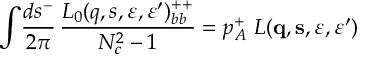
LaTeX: \int \! { \frac { d s ^ { - } } { 2 \pi } } \, { \frac { L _ { 0 } ( q , s , \varepsilon , \varepsilon ^ { \prime } ) _ { b b } ^ { + + } } { N _ { c } ^ { 2 } - 1 } } = p _ { A } ^ { + } \ L ( { \bf q } , { \bf s } , \varepsilon , \varepsilon ^ { \prime } )